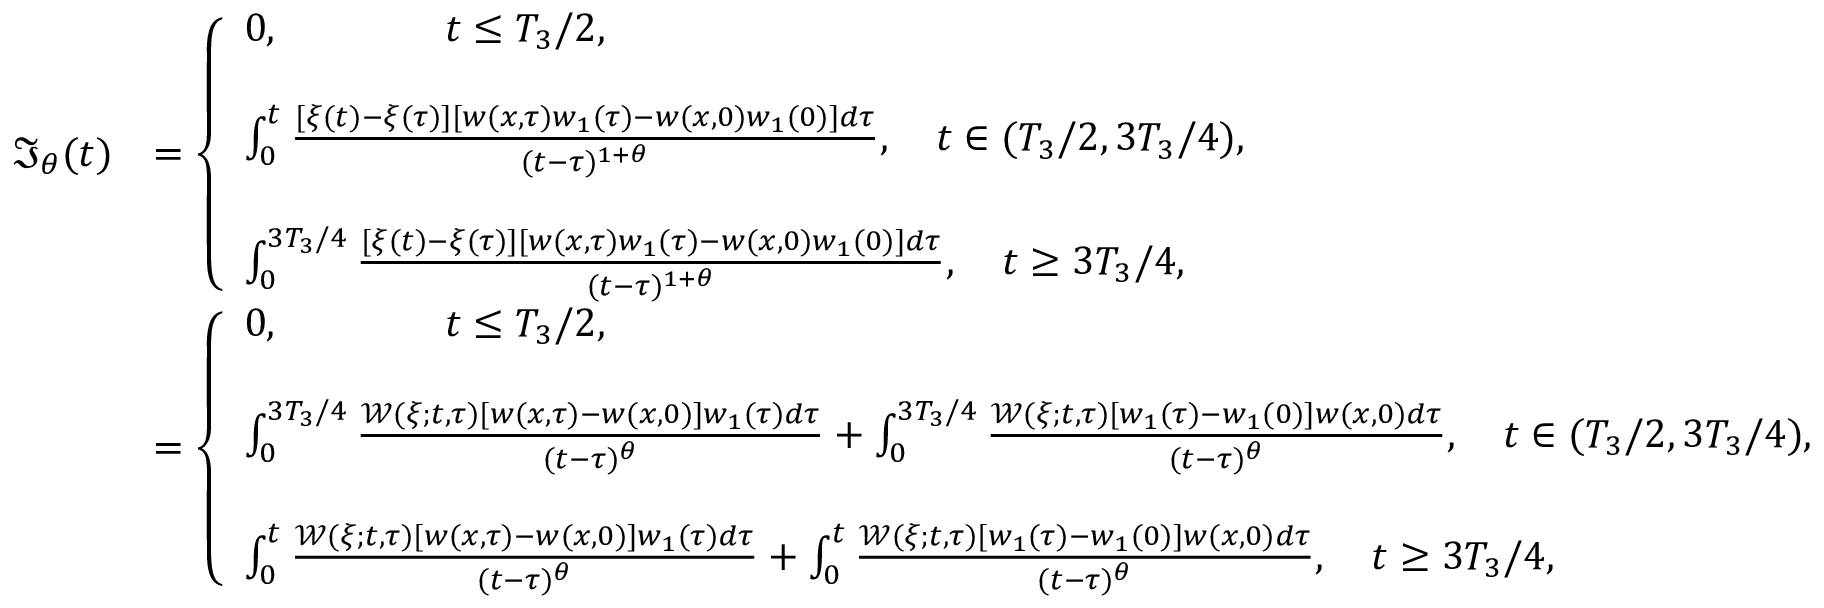
\begin{array} { r l } { \mathfrak { I } _ { \theta } ( t ) } & { = \left\{ \begin{array} { l l } { 0 , \qquad \qquad t \leq T _ { 3 } / 2 , } \\ { \, } \\ { \int _ { 0 } ^ { t } \frac { [ \xi ( t ) - \xi ( \tau ) ] [ w ( x , \tau ) w _ { 1 } ( \tau ) - w ( x , 0 ) w _ { 1 } ( 0 ) ] d \tau } { ( t - \tau ) ^ { 1 + \theta } } , \quad t \in ( T _ { 3 } / 2 , 3 T _ { 3 } / 4 ) , } \\ { \, } \\ { \int _ { 0 } ^ { 3 T _ { 3 } / 4 } \frac { [ \xi ( t ) - \xi ( \tau ) ] [ w ( x , \tau ) w _ { 1 } ( \tau ) - w ( x , 0 ) w _ { 1 } ( 0 ) ] d \tau } { ( t - \tau ) ^ { 1 + \theta } } , \quad t \geq 3 T _ { 3 } / 4 , } \end{array} \right. } \\ & { = \left\{ \begin{array} { l l } { 0 , \qquad \qquad t \leq T _ { 3 } / 2 , } \\ { \, } \\ { \int _ { 0 } ^ { 3 T _ { 3 } / 4 } \frac { \mathcal { W } ( \xi ; t , \tau ) [ w ( x , \tau ) - w ( x , 0 ) ] w _ { 1 } ( \tau ) d \tau } { ( t - \tau ) ^ { \theta } } + \int _ { 0 } ^ { 3 T _ { 3 } / 4 } \frac { \mathcal { W } ( \xi ; t , \tau ) [ w _ { 1 } ( \tau ) - w _ { 1 } ( 0 ) ] w ( x , 0 ) d \tau } { ( t - \tau ) ^ { \theta } } , \quad t \in ( T _ { 3 } / 2 , 3 T _ { 3 } / 4 ) , } \\ { \, } \\ { \int _ { 0 } ^ { t } \frac { \mathcal { W } ( \xi ; t , \tau ) [ w ( x , \tau ) - w ( x , 0 ) ] w _ { 1 } ( \tau ) d \tau } { ( t - \tau ) ^ { \theta } } + \int _ { 0 } ^ { t } \frac { \mathcal { W } ( \xi ; t , \tau ) [ w _ { 1 } ( \tau ) - w _ { 1 } ( 0 ) ] w ( x , 0 ) d \tau } { ( t - \tau ) ^ { \theta } } , \quad t \geq 3 T _ { 3 } / 4 , } \end{array} \right. } \end{array}